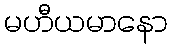
မဟီယမာနော